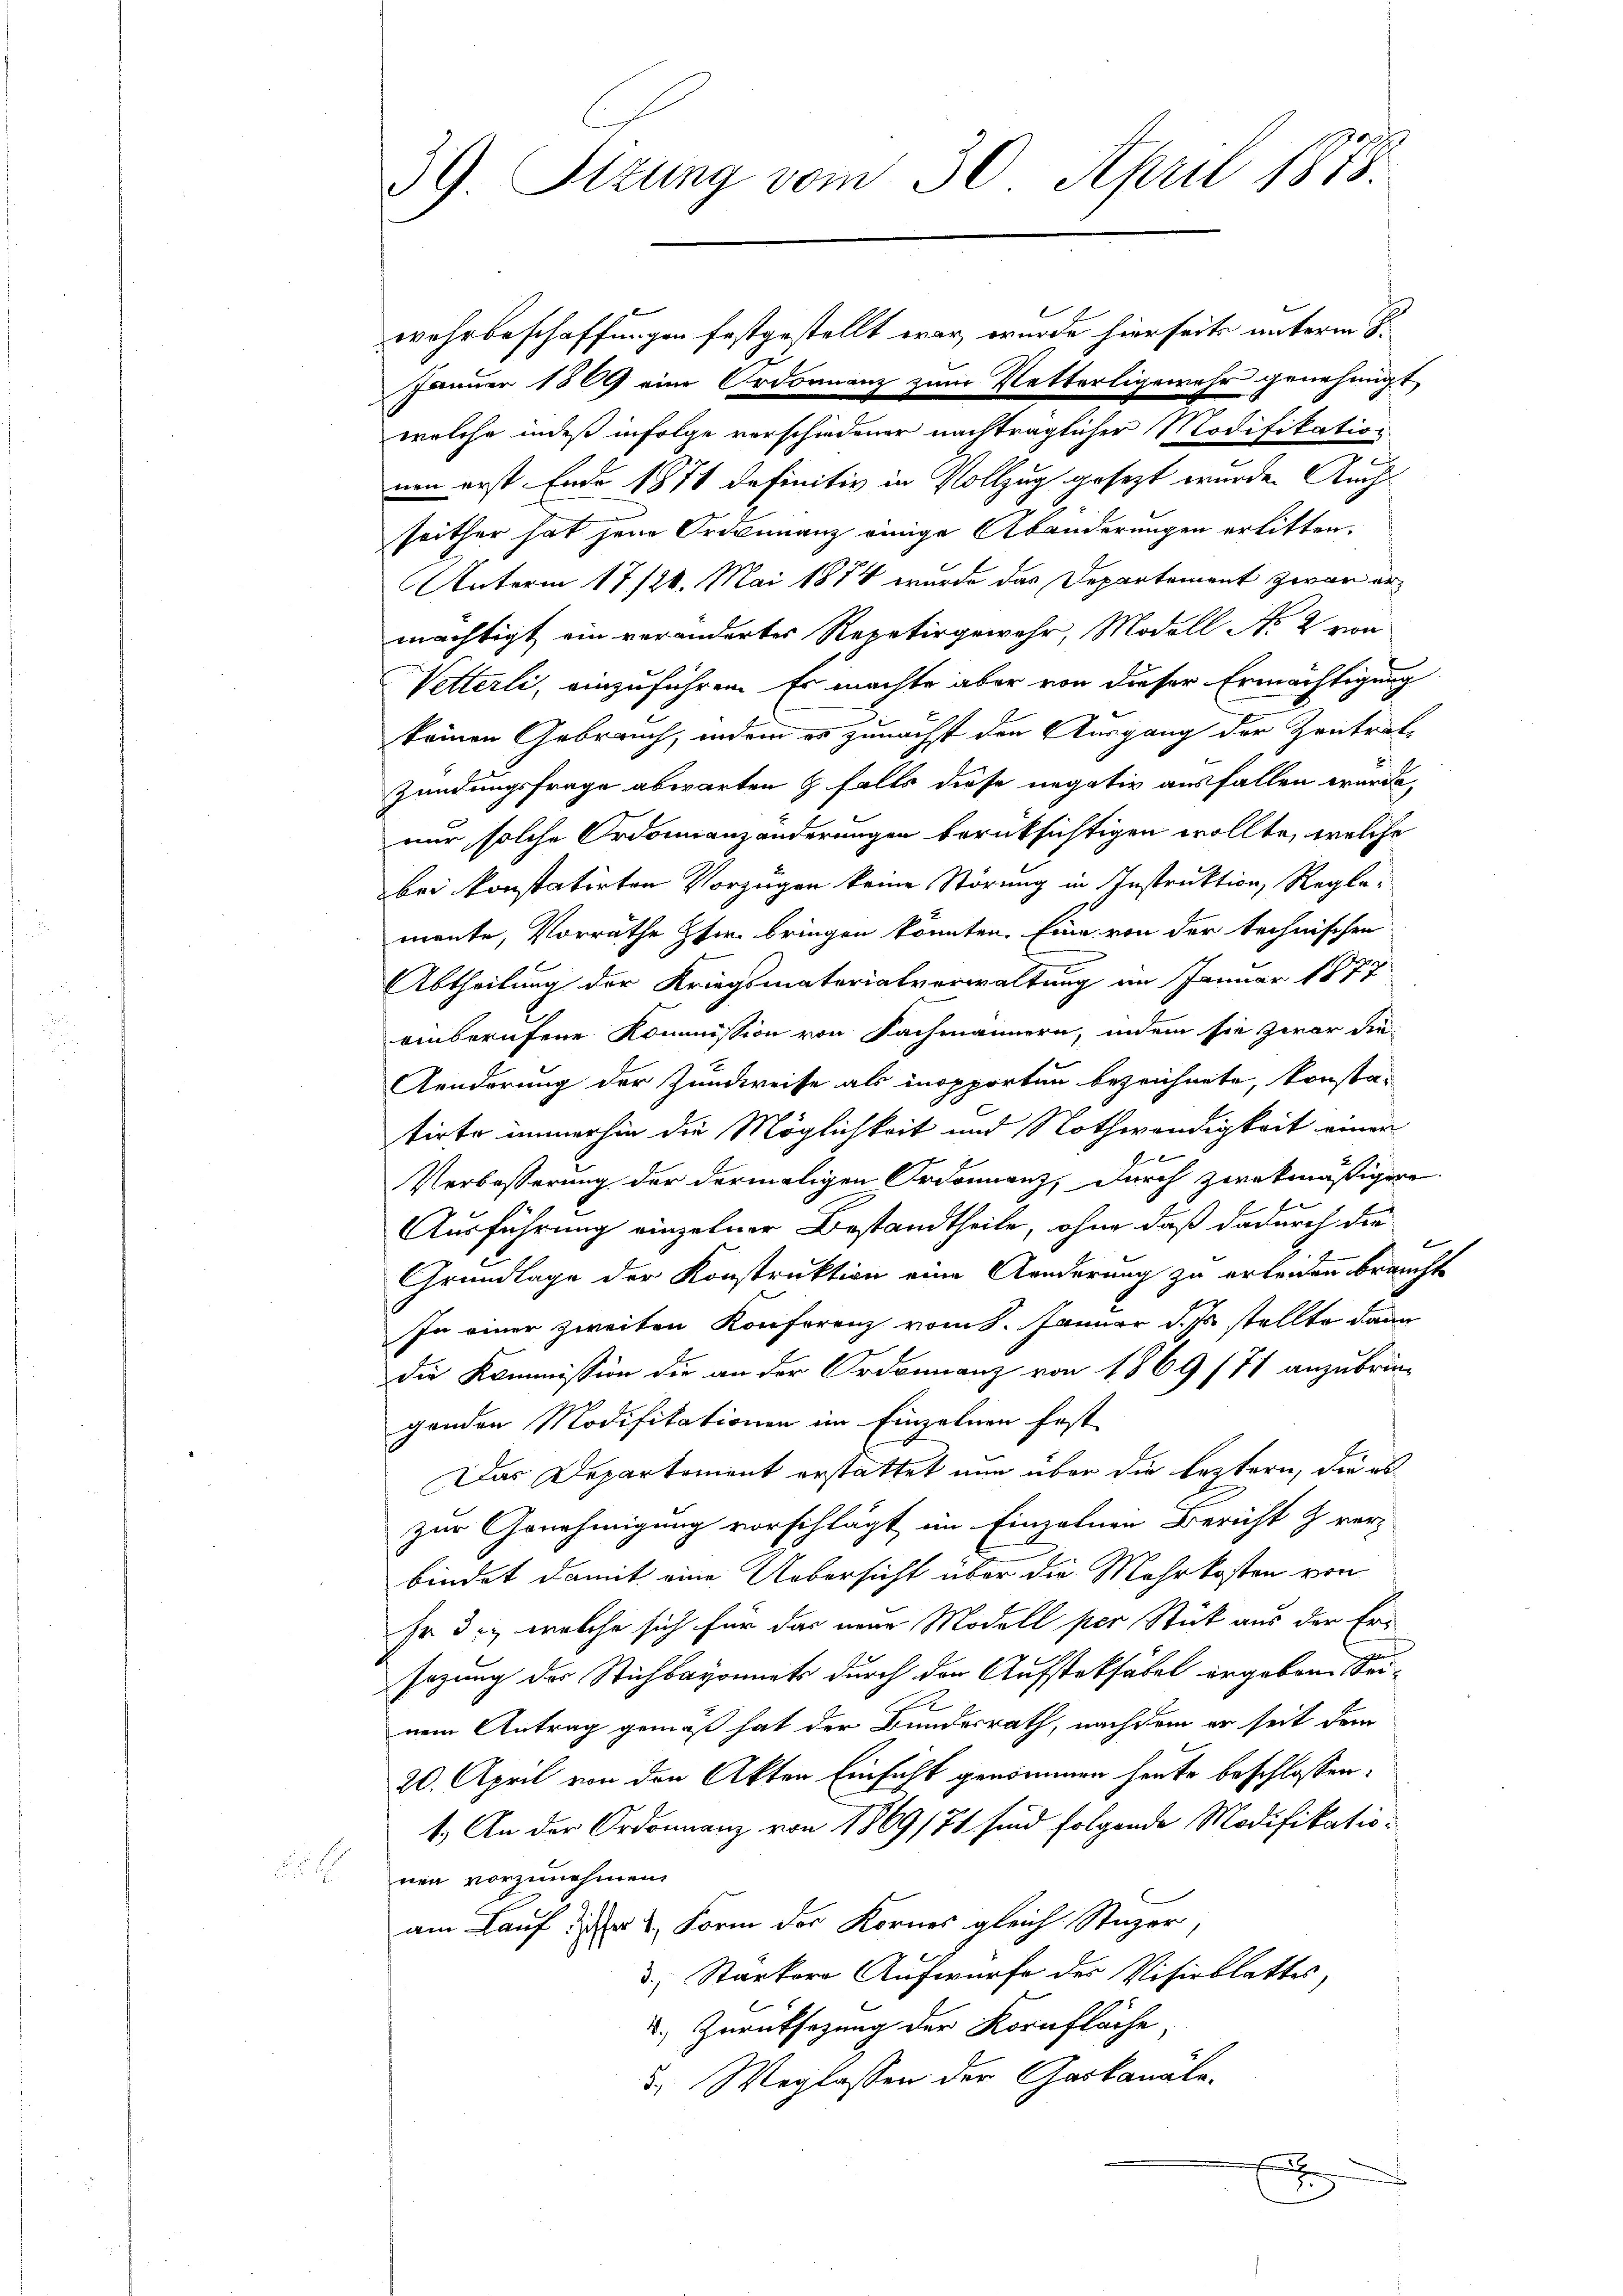
wehrbeschaffungen festgestellt war, wurde hierseits unterm 8.
Januar 1809 eine Ordonanz zum Vetterligewehr genehmigt,
welche indeß infolge verschiedener nachträglicher Modifikation
ven erst Ende 1874 definitiv in Vollzug gesezt wurde. Auch
seither hat jene Ordinanz einige Abänderungen erlitten.
Unterm 17/26. Mai 1874 wurde das Departement zwar ermächtigt ein verändertes Repetirgewehr, Modell No 2 von
Vetterli, einzuführen. Es machte aber von dieser Ermächtigung
keinen Gebrauch, indem es zunächst den Ausgang der Zentrat¬
Zündungsfrage abwarten & falls diese negativ ausfallen werde,
nur solche Ordonnanzänderungen berüksichtigen wollte, welche
bei konstatirten Vorzügen keine Störung in Instruktion, Reglemente, Vorräthe Pfr. bringen könnten. Eine von der technischen
Abtheilung der Kriegsmaterialverwaltung an Januar 1877
enberufene Kommission von Fachmännern, indem sie zwar die-
Aenderung der Zundweise als inopporten bezeichnete, konsta-
tirte immerhin die Möglichkeit und Nothwendigkeit einen
Verbesserung der dermaligen Ordonnanz, durch zwekmäßigere
Ausführung einzelner Bestandtheile, ohne daß dadurch die
b
Grundlage der Konstruktion eine Aenderung zu erleiden braucht
In einer zweiten Konferenz vom 8. Januar d. Js. stellte dann
die Kommission die an der Ordonnanz von 1869 (71 anzubrin-
genden Modifikationen im Einzelnen fest
Das Departement erstattet nun über die leztern, die es
zur Genehmigung vorschlägt im Einzelnen Bericht & ver-
bindet damit eine Uebersicht über die Mehrkosten von
Er 3., welche sich für das neue Modell per Stück aus der Ersazung der Stichbayonnats durch der Aufsteksäbel ergebene Sei¬
2
nem Antrag gemäß hat der Bundesrath, nachdem er seit dem
20. April von den Akten Einsicht genommen heute beschlossen:
1.) An der Ordonnanz von 1869/74 sind folgende Modifikatio¬
 non vorzunehmen.
am Lauf dieser 4. Form der Kornes gleich Stäger,
 Stärker Aufwürfe des Visiblattes,
.) Zurücksetzung der Kornfläche,
3.) Weglassen der Gaskanäle.

39 Sizung vom 30. April 1873.